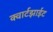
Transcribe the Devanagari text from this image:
क्वार्टझाईट